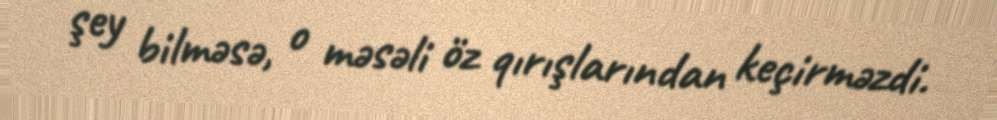
şey bilməsə, o məsəli öz qırışlarından keçirməzdi.